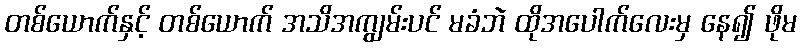
တစ်ယောက်နှင့် တစ်ယောက် အသိအကျွမ်းပင် မခံဘဲ ထိုအပေါက်လေးမှ နေ၍ ဖိုမ